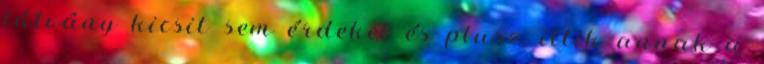
látvány kicsit sem érdekel és plusz, illik annak a